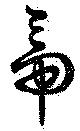
帝